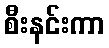
စီးနင်းကာ